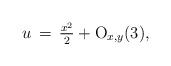
LaTeX: \begin{align*}u\,=\,\tfrac{x^2}{2} + {\rm O}_{x,y}(3),\end{align*}